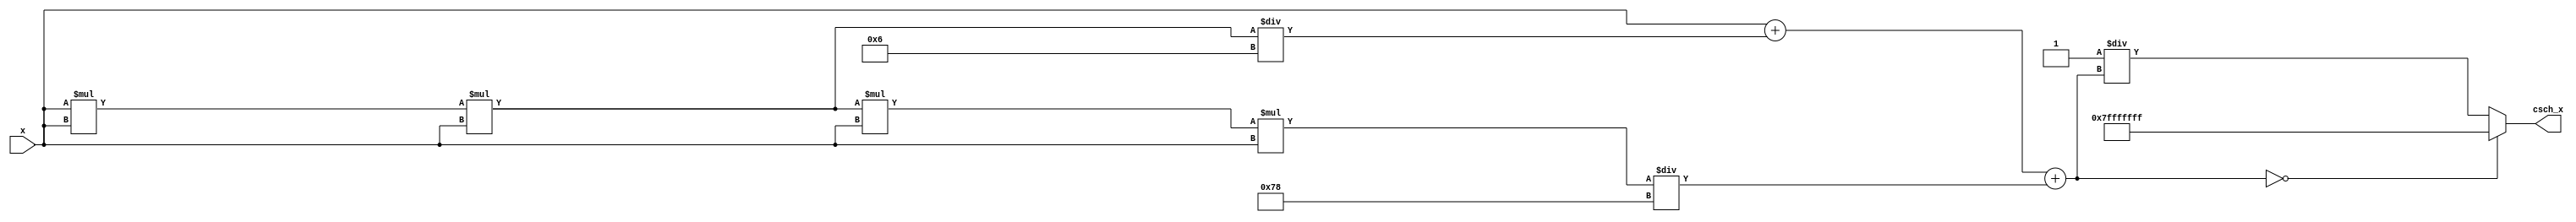
module csch (
    input wire signed [31:0] x,        // Input signal (fixed-point representation)
    output reg signed [31:0] csch_x     // Output signal (csch value)
);

    // Internal signals
    wire signed [31:0] sinh_x;
    reg signed [31:0] reciprocal;

    // Function to compute hyperbolic sine using a simple approximation
    function signed [31:0] sinh;
        input signed [31:0] x;
        begin
            // Using Taylor series approximation for sinh(x)
            // sinh(x)  x + x^3/6 + x^5/120 (up to x^5)
            sinh = x + (x * x * x) / 6 + (x * x * x * x * x) / 120;
        end
    endfunction

    // Compute sinh(x)
    assign sinh_x = sinh(x);

    // Compute csch(x)
    always @(*) begin
        // Handle special case for sinh(x) = 0 (i.e., x = 0)
        if (sinh_x == 0) begin
            csch_x = 32'h7FFFFFFF; // Set to a large constant (representing infinity)
        end else begin
            // Calculate the reciprocal of sinh(x)
            reciprocal = 32'h00000001 / sinh_x; // Fixed-point division
            csch_x = reciprocal;
        end
    end

endmodule